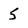
Character: 5